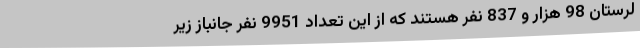
لرستان 98 هزار و 837 نفر هستند که از این تعداد 9951 نفر جانباز زیر